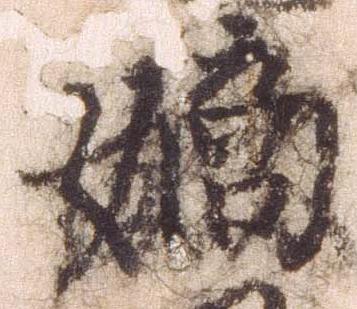
嫡